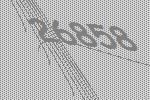
26858